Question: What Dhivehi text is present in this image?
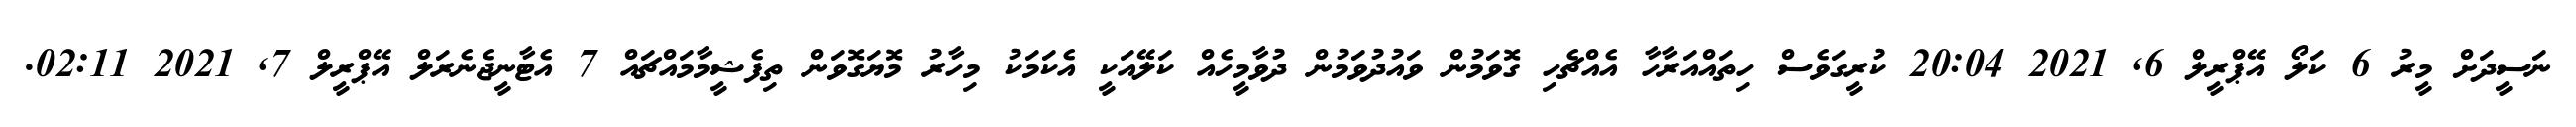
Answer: ނަސީދަށް މީރު 6 ކަލޯ އޭޕްރީލް 6, 2021 20:04 ކުރީގަވެސް ހިތައްއަރާހާ އެއްޗެހި ގޮވަމުން ވައުދުވަމުން ދުވާމީހެއް ކަލޭއަކީ އެކަމަކު މިހާރު މޮޔަގޮވަން ތިފެޝީމާމައްޗައް 7 އެޓާނީޖެނެރަލް އޭޕްރީލް 7, 2021 02:11.